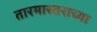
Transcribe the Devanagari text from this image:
तारमास्तराच्या